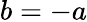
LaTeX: b=-a